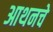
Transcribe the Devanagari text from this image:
आथनचे